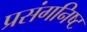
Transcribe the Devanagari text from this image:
प्रसंगनिष्ट